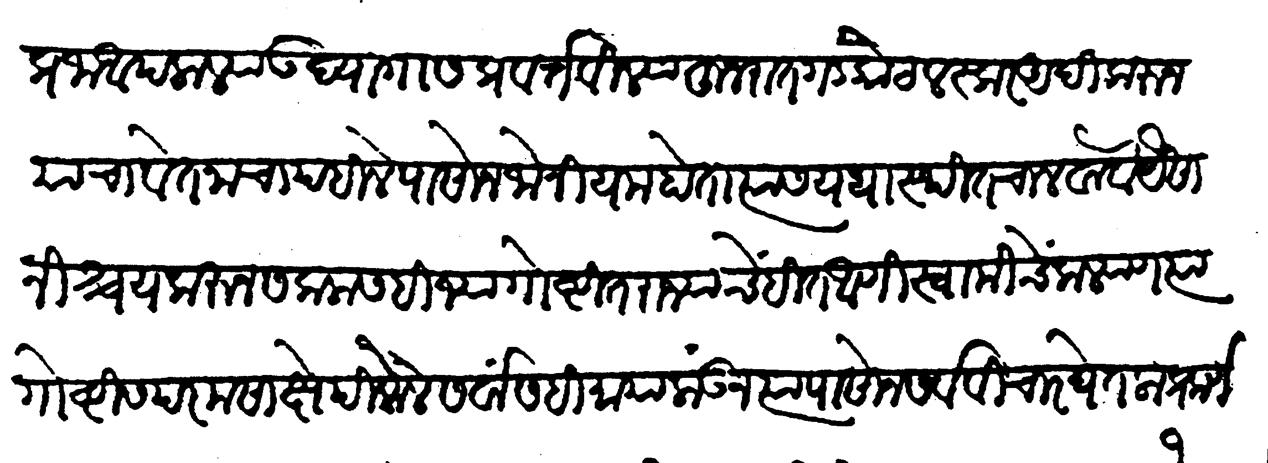
Transliteration (Devanagari): प्रजा आपल्याला उद्योगास प्रवर्तविल्या हुजरात गडकोट लस्कर अदि करुन याचा वेतनाचा पहिले पासोन जो नियम होता त्यास यथास्थित चालवावें यैसा निश्चय करून सकलांसहि ज्या गोष्टींत राज्याचे हित आणि स्वामींचे कल्याण त्या गोष्टीस परम साक्षेपी केलें सर्वांस ही माया लाऊन त्यांपासोन सर्व विचार घेतला प्रकरण १